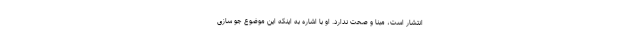
انتشار است، مبنا و صحت ندارد. او با اشاره به اینکه این موضوع جو سازی